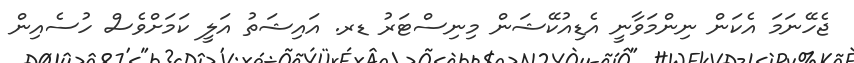
ޖެހޭނަމަ އެކަން ނިންމަވާނީ އެޑިއުކޭޝަން މިނިސްޓަރު ޑރ. އައިޝަތު އަލީ ކަމަށްވެސް ހުސެއިން